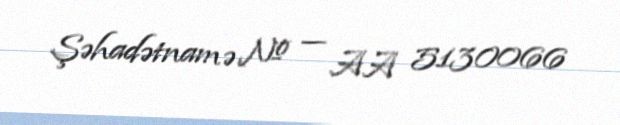
Şəhadətnamə № — AA 5130066